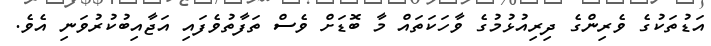
އަޑުތަކުގެ ވެރިންގެ ދިރިއުޅުމުގެ ވާހަކަތައް މާ ބޮޑަށް ވެސް ތަފާތުވެފައި އަޖާއިބުކުރުވަނި އެވެ.